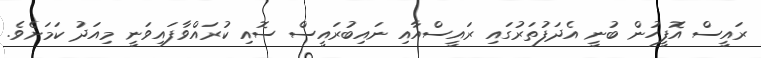
ރައީސް އޮފީހުން ބުނީ އެދަފުތަރުގައި ރައީސްއާއި ނައިބުރައީސް ސޮއި ކުރައްވާފައިވަނީ މިއަދު ކަމަށެވެ.